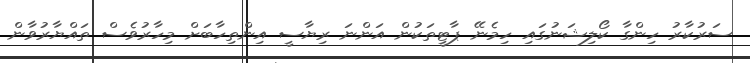
ސަރުކާރު ހިންގާ ކޯލިޝަނުގައި ހިމެނޭ ޕާޓީތަކުން އަންނަ ރިޔާސީ އިންތިހާބަށް މިހާރުވެސް ތައްޔާރުވާން